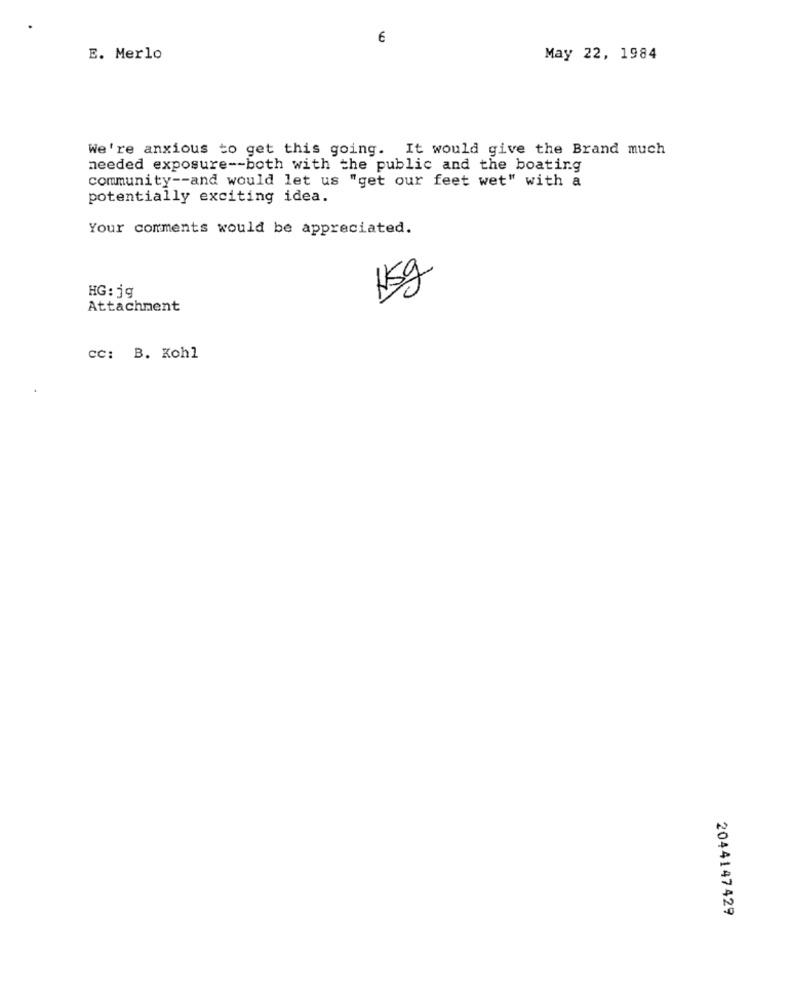
E. Merlo
May 22, 1984
We're anxious to get this going. It would give the Brand much
needed exposure -- both with the public and the boating
community -- and would let us "get our feet wet" with a
potentially exciting idea.
Your comments would be appreciated.
HG: jg
15g
Attachment
cc: B. Kohl
2044147429